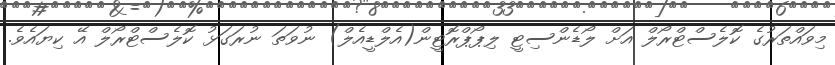
މިވައްތަރުގެ ކޮލެސްޓްރޯލް އަށް ލޯޑެންސިޓީ ލިޕޯޕްރޮޓީން(އެލްޑީއެލް) ނުވަތަ ނުރަގަޅު ކޮލެސްޓްރޯލް އޭ ކިޔައެވެ.